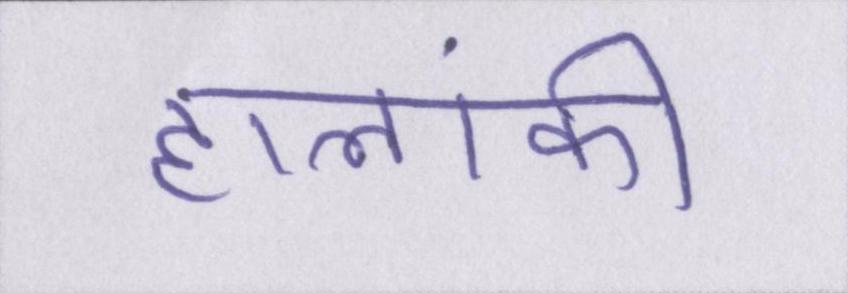
हालांकी